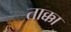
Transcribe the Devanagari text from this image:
ताक्का